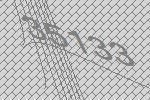
35133